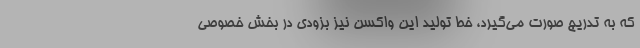
که به تدریج صورت می‌گیرد، خط تولید این واکسن نیز بزودی در بخش خصوصی